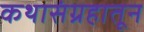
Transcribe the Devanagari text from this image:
कथासंग्रहातून